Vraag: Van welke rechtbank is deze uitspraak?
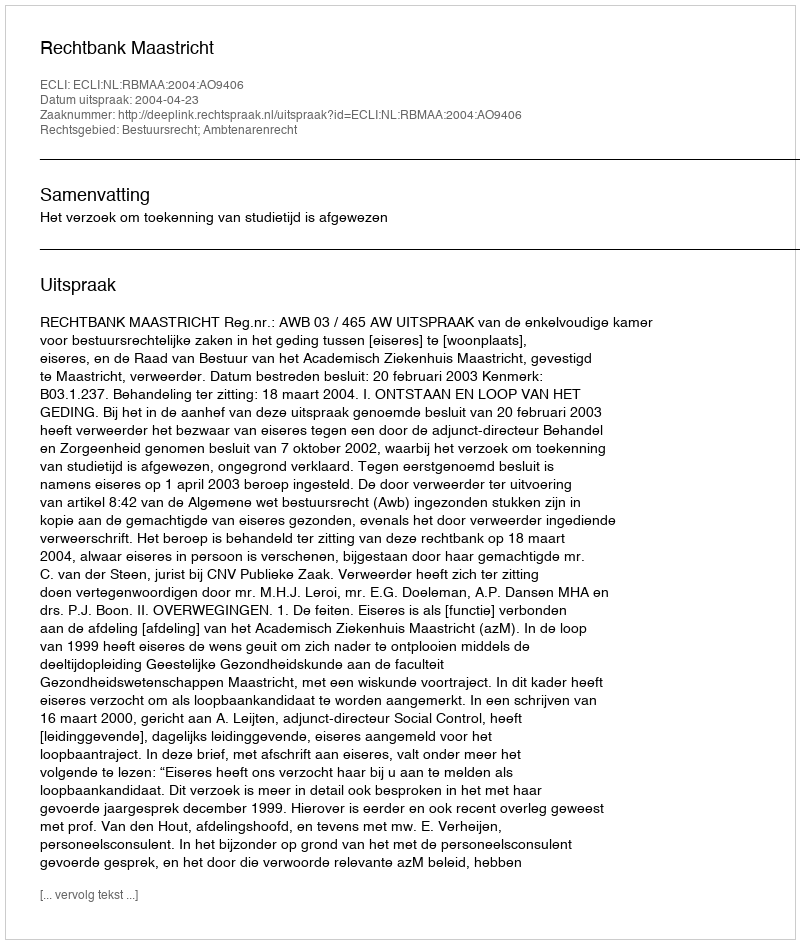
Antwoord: Rechtbank Maastricht